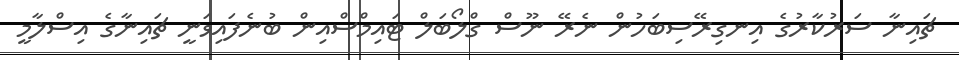
ޗައިނާ ސަރުކާރުގެ އިނގިރޭސިބަހުން ނެރޭ ނޫސް ގްލޯބަލް ޓައިމްސްއިން ބުނެފައިވަނީ ޗައިނާގެ އިސްލާމީ